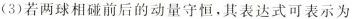
(3)若两球相碰前后的动量守恒，其表达式可表示为